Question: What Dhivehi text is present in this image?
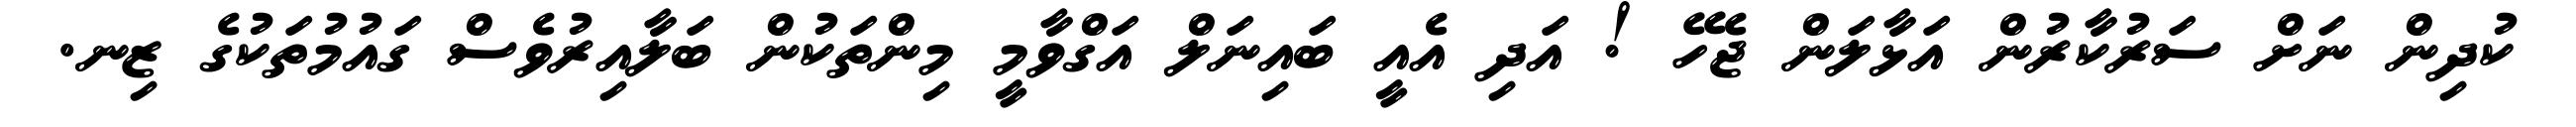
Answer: ކުދިން ނަށް ސަރުކާރުން އަޅާލަން ޖެހޭ ! އަދި އެއީ ބައިނަލް އަގްވާމީ މިންތަކުން ބަލާއިރުވެސް ގައުމުތަކުގެ ޒިނ.